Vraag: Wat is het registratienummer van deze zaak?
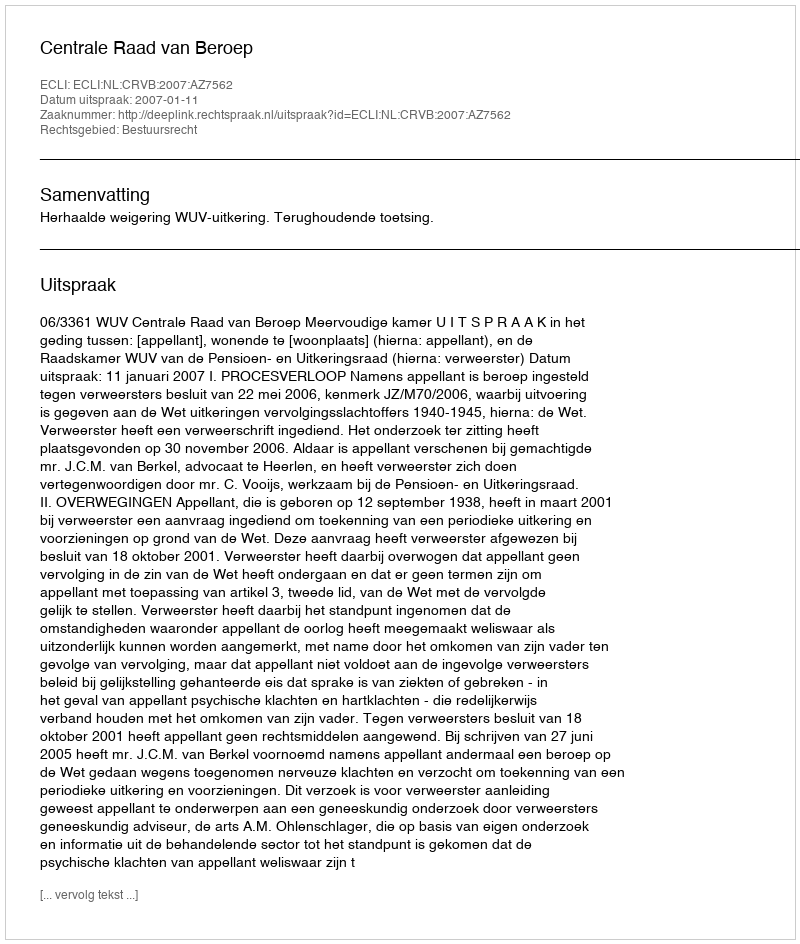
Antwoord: http://deeplink.rechtspraak.nl/uitspraak?id=ECLI:NL:CRVB:2007:AZ7562